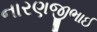
નારણજીભાઈ